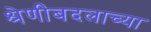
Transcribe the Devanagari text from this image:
श्रेणीबदलाच्या